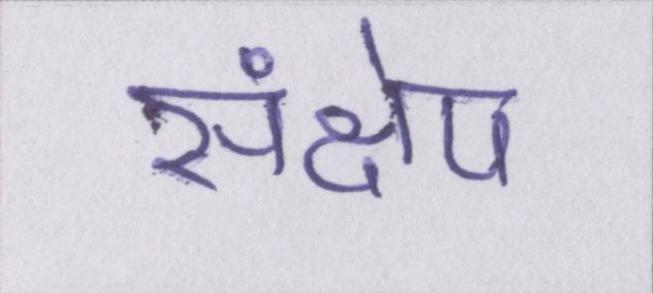
संक्षेप